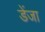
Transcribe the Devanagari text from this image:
डेंजा